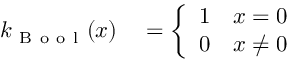
\begin{array} { r l } { k _ { \mathrm { ~ B ~ o ~ o ~ l ~ } } ( x ) } & { { } = \left\{ \begin{array} { l l } { 1 } & { x = 0 } \\ { 0 } & { x \neq 0 } \end{array} \right. } \end{array}